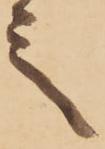
言